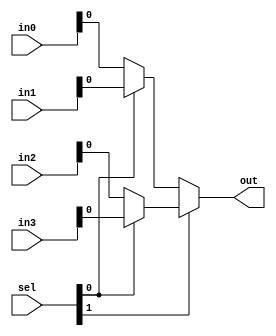
module Mux41(in0, in1, in2, in3, sel, out);

input [1:0]in0, in1, in2, in3;
input [1:0]sel;
output out;

assign out = sel[1] ? (sel[0]? in3: in2) : (sel[0]? in1: in0);

endmodule